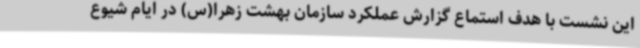
این نشست با هدف استماع گزارش عملکرد سازمان بهشت زهرا(س) در ایام شیوع